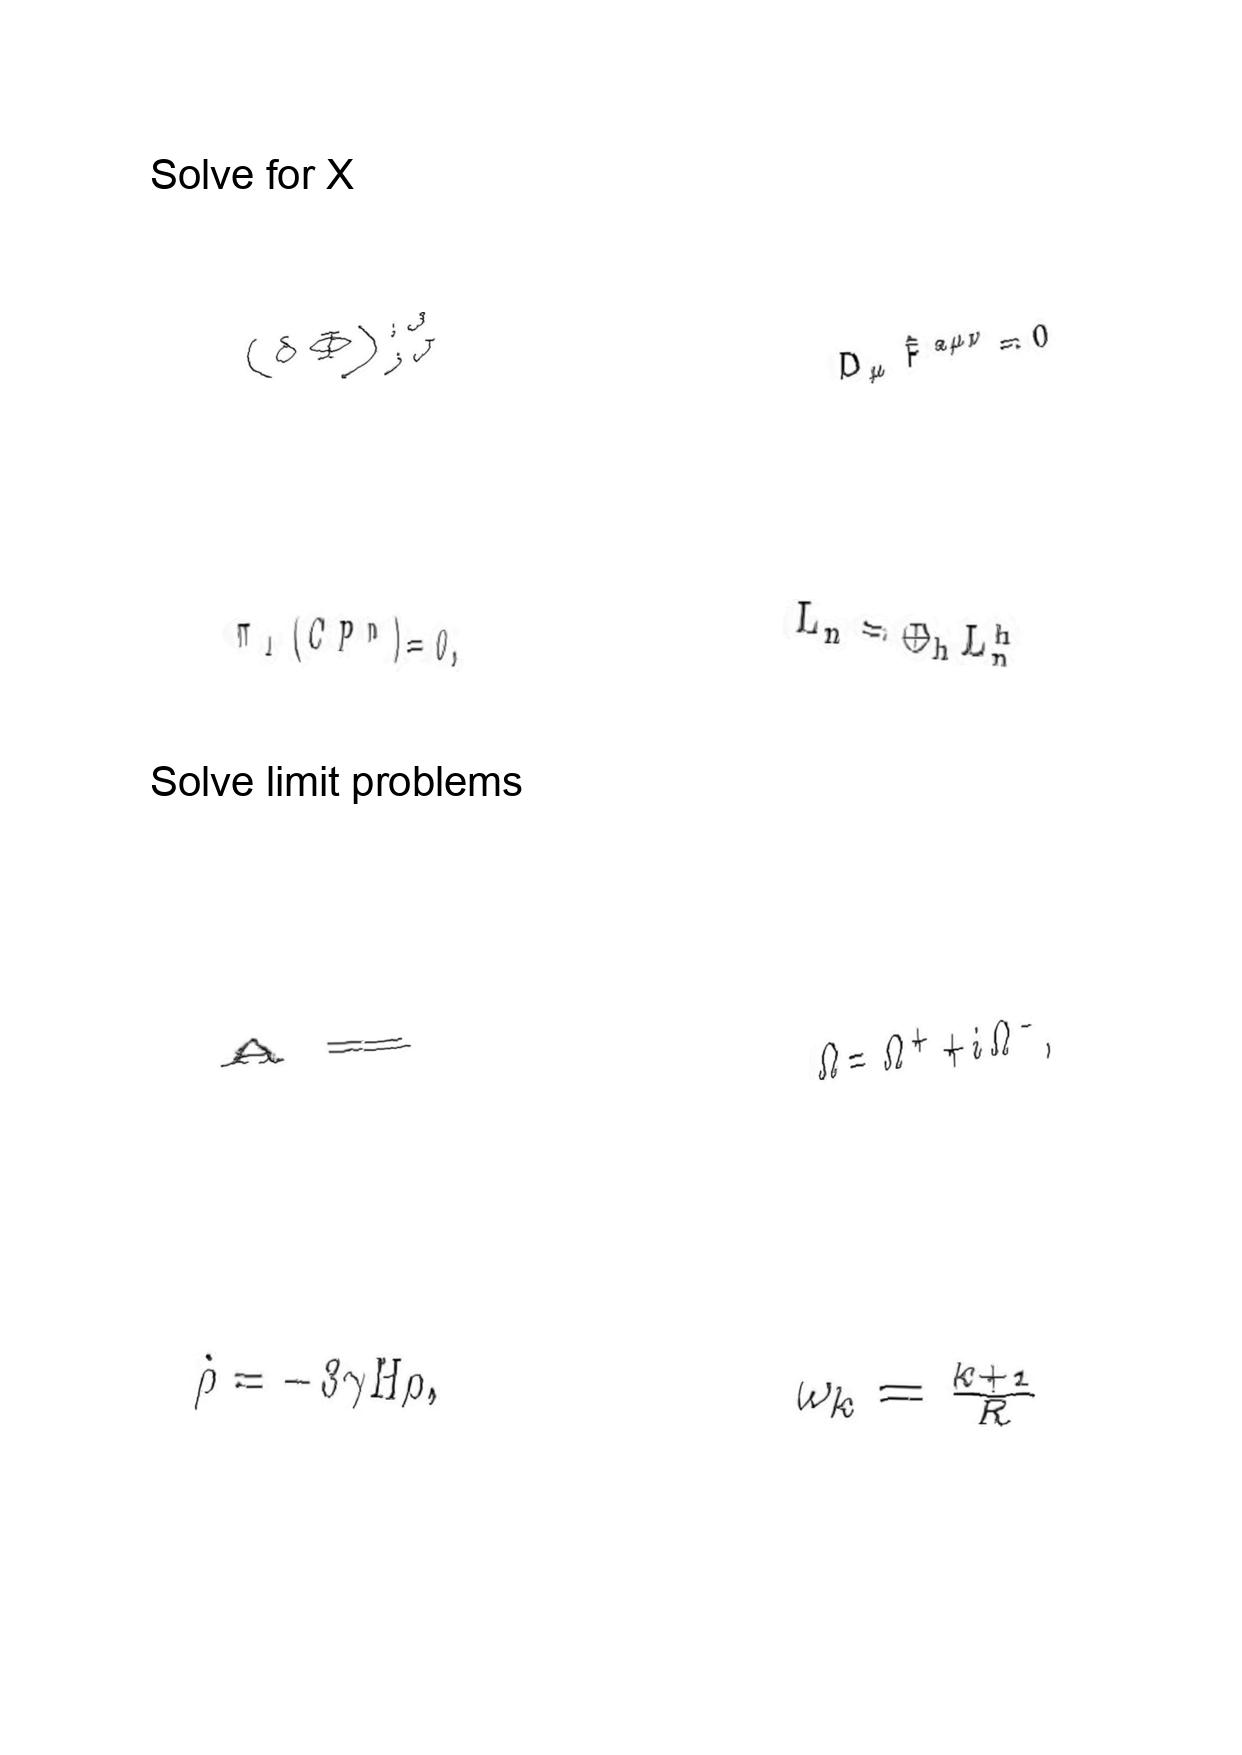
LaTeX transcription:
\lparen \delta \Phi \rparen _ { ; J } ^ { ; J }
\pi _ { 1 } \lparen C P ^ { n } \rparen = 0 ,
A =
\dot { \rho } = - 3 \gamma H \rho ,
D _ { \mu } \hat { F } ^ { a \mu \nu } = 0
L _ { n } = \oplus _ { h } L _ { n } ^ { h }
\Omega = \Omega ^ { + } + i \Omega ^ { - } ,
\omega _ { k } = \frac { k + 1 } { R }